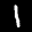
Label: 1